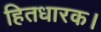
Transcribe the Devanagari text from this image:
हितधारक।